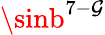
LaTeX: \sinb^{7-\mathcal{G}}